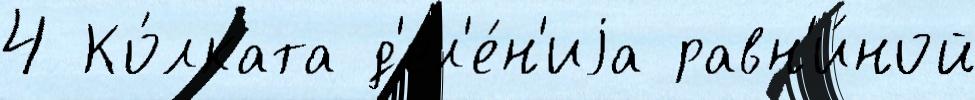
4 Ко́лката д'ел'е́н'иjа равн'и́ной